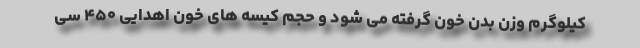
کیلوگرم وزن بدن خون گرفته می شود و حجم کیسه های خون اهدایی ۴۵۰ سی